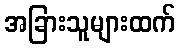
အခြားသူများထက်